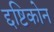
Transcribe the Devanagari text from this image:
द्दष्टिकोन